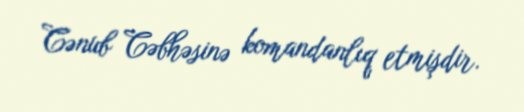
Cənub Cəbhəsinə komandanlıq etmişdir.